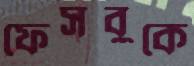
ফেসবুকে